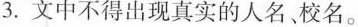
3.文中不得出现真实的人名、校名。